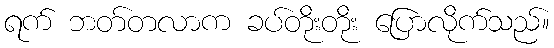
ရက် ဘတ်တလာက ခပ်တိုးတိုး ပြောလိုက်သည်။